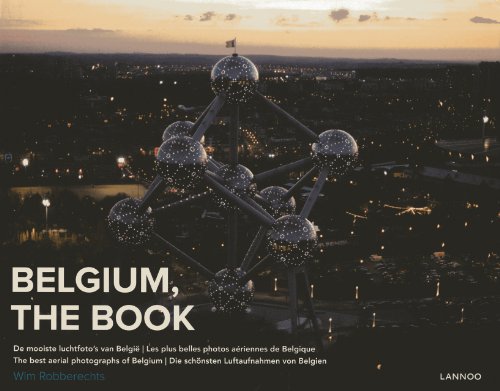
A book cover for Belgium, The Book: The Best Aerial Photographs of Belgium; Wim Robberechts; Arts & Photography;